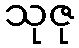
သုဇု